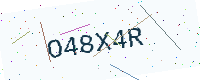
Text: O48X4R